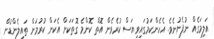
އަލިމަގެއް ނުފެނުނެވެ. އެހެންކަމުގައިވިޔަސް ކުރެވެން އޮތް ކޮންމެ ގޮތަކަށް އެކަން ކުރުމަށް ތައިލެންޑުން